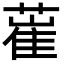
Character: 𦸏